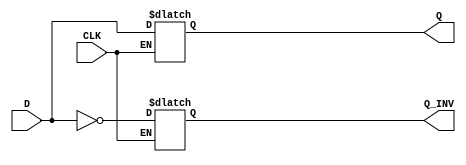
module D_LATCH(
	input D,
	input CLK,
	output reg Q,
	output reg Q_INV
);


	always@(CLK) begin
			if(CLK)
			 begin
				Q<=D;
				Q_INV<=(~D);
			end
		
	end

endmodule